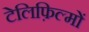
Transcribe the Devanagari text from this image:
टेलिफ़िल्मों